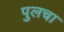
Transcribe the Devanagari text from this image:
पुलचा